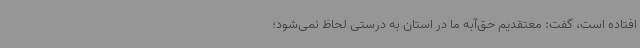
افتاده است، گفت: معتقدیم حق‌آبه ما در استان به درستی لحاظ نمی‌شود؛